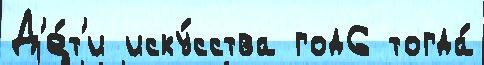
Д'е́т'и иску́сства год6 тогда́